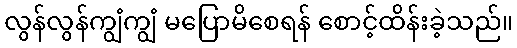
လွန်လွန်ကျွံကျွံ မပြောမိစေရန် စောင့်ထိန်းခဲ့သည်။